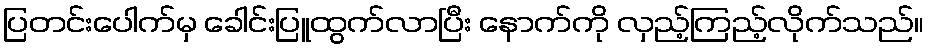
ပြတင်းပေါက်မှ ခေါင်းပြူထွက်လာပြီး နောက်ကို လှည့်ကြည့်လိုက်သည်။